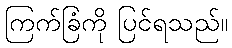
ကြက်ခြံကို ပြင်ရသည်။